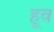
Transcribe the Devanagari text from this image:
हूव